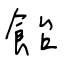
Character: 飴